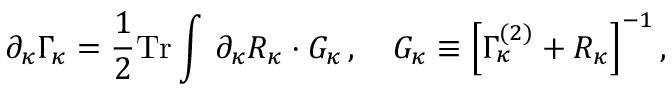
\partial _ { \kappa } \Gamma _ { \kappa } = \frac 1 2 \mathrm { T r } \int \, \partial _ { \kappa } { \cal R } _ { \kappa } \cdot G _ { \kappa } \, , \quad G _ { \kappa } \equiv \Big [ \Gamma _ { \kappa } ^ { ( 2 ) } + { \cal R } _ { \kappa } \Big ] ^ { - 1 } \, ,